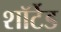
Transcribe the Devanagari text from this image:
शॉर्टेड